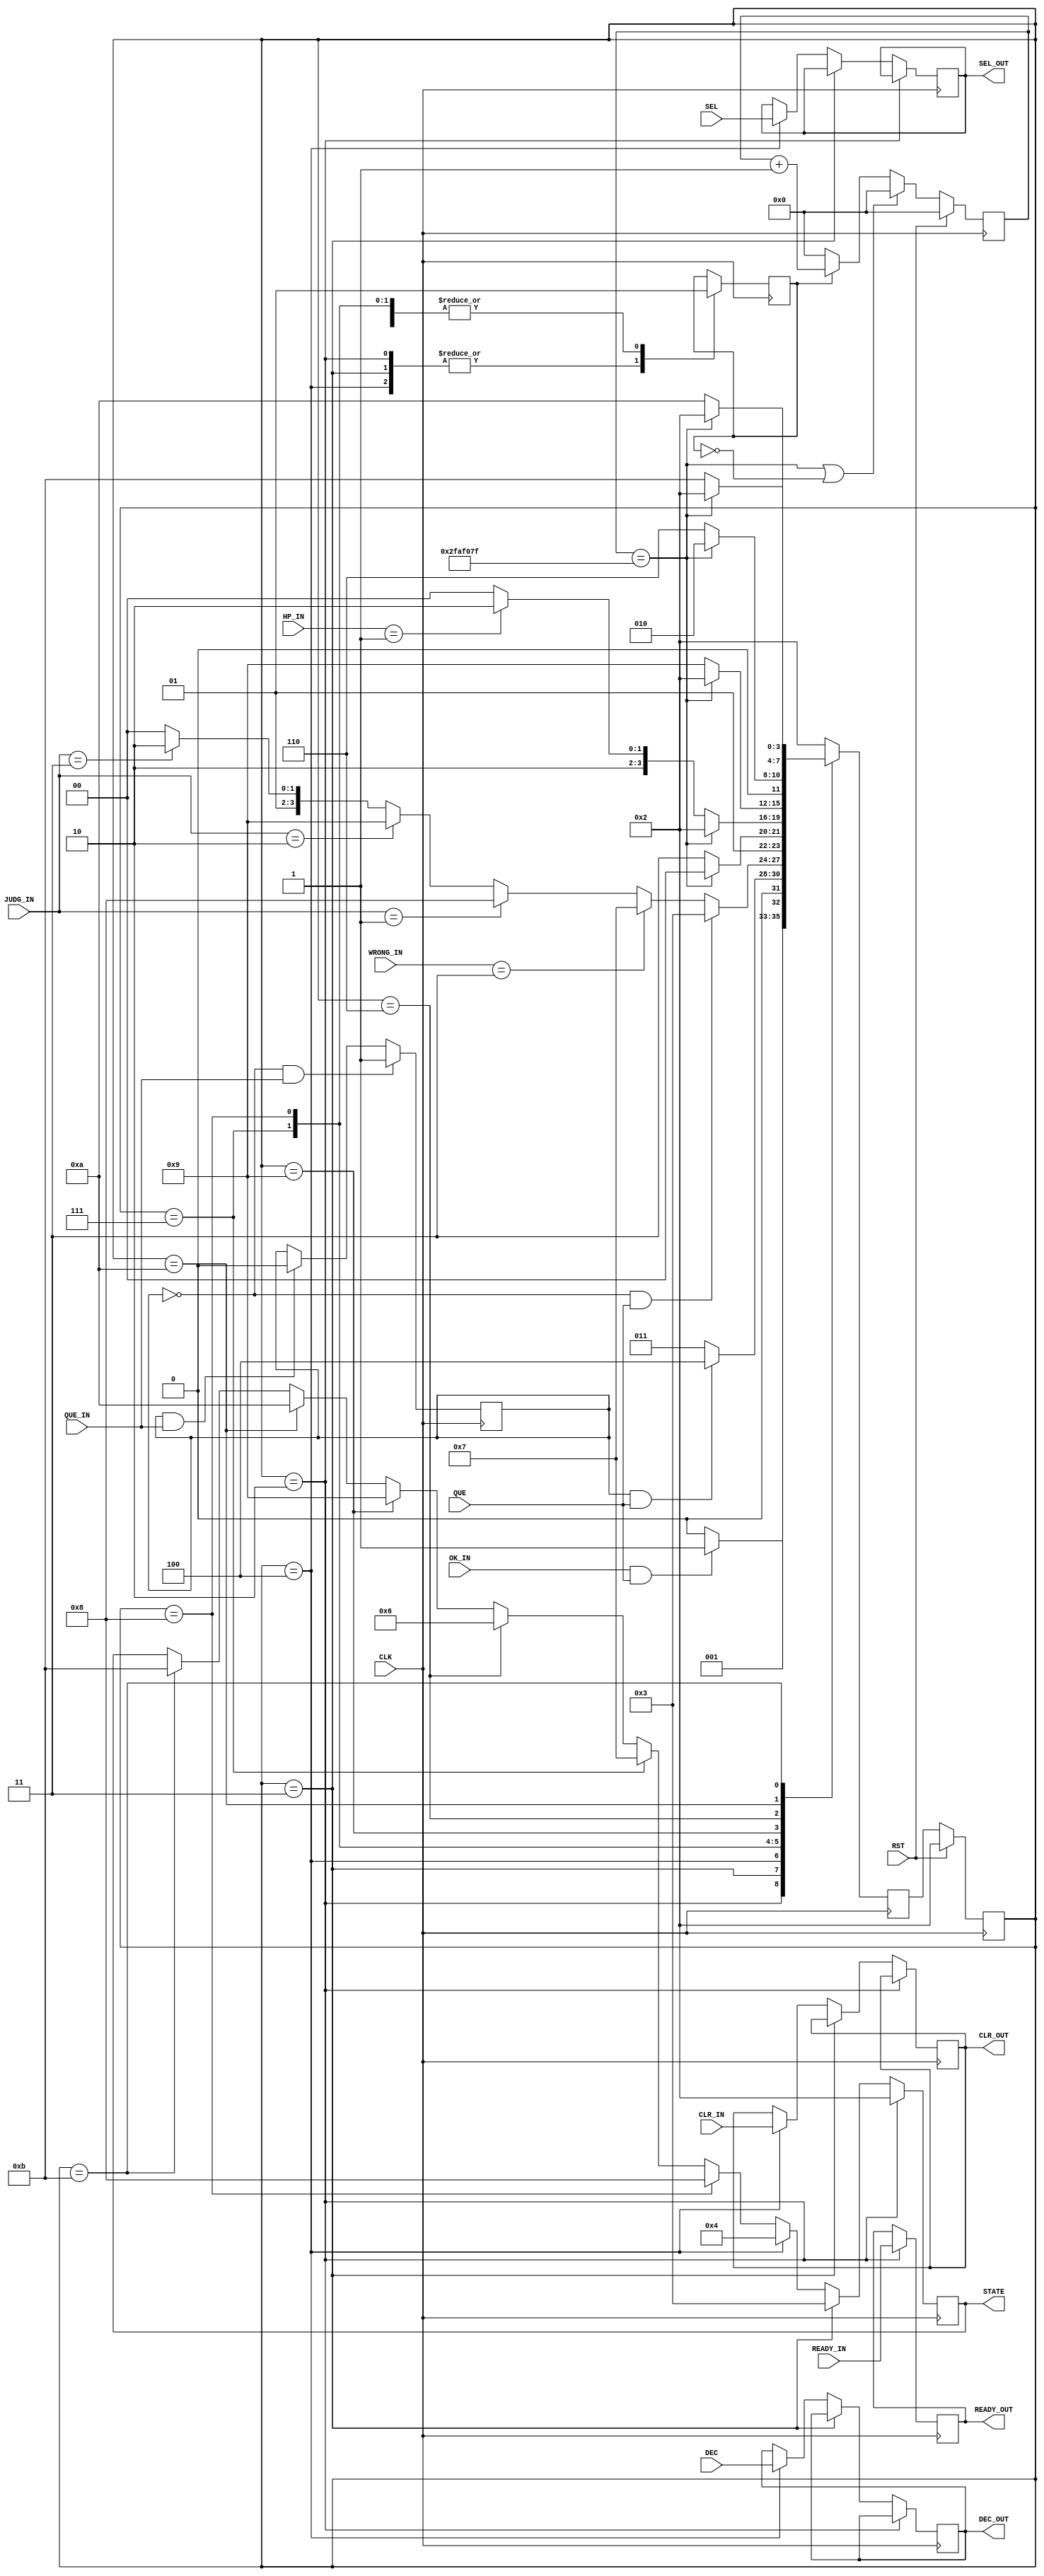
module CONTROL(
    input [2:0] SEL,
    input CLK, RST, READY_IN, QUE_IN, DEC, CLR_IN,//QUE_IN is BOUT
    input OK_IN, //????????????READY?????????????????
    input [1:0] HP_IN,//00????,01??????,10??????
    input QUE,//QUE is INPUT's q_ok    Question is already  not 0 or  0
    input [1:0] JUDG_IN,  //???????????
    input [1:0] WRONG_IN, //??????????????

  

    output reg READY_OUT,
    output reg [3:0] STATE, 
	 output reg [2:0] SEL_OUT,
	 output reg DEC_OUT, CLR_OUT
);

reg R;
initial begin
  R <= 0;
end
always @(posedge CLK) begin
     if(R == 0 && QUE_IN)   //R is Flag of QUESTION   QUE_IN is SW9
	      R <= 1;             
		else if(R == 1 && QUE_IN) //if question is not prepared ,don't go next
		   R <= 0;
end
// initial begin
//   R2 <= 0;
// end
// always @(posedge CLK) begin
//      if(R2 == 0 && DEC)
// 	      R2 <= 1;
// 		else if(R2 == 1 && DEC)
// 		   R2 <= 0;
// end



reg[3:0] cur,nxt;
localparam  READY = 4'b0010, QUESTION = 4'b0011, INPUT = 4'b0100, DRAW = 4'b0110
            , WRONG = 4'b0111, GOOD = 4'b1000, OUCH = 4'b1001, WIN = 4'b1010, LOSE = 4'b1011;


always @( posedge CLK) begin // When Clear
  if(RST)
    cur <= READY;
  else
    cur <= nxt;
end


always @(posedge CLK) begin 
  if(cur == READY)begin
      READY_OUT <= READY_IN;   //Through  reg ready for READY module
      STATE <= 4'b0010;
  end
  else if(cur == QUESTION)begin
      STATE <= 4'b0011;
  end
  else if(cur == INPUT)begin
      STATE <= 4'b0100;
      SEL_OUT <= SEL;        //Through  reg ...
      DEC_OUT <= DEC;        //Through  reg ...
      //DEC_OUT <= R2;
      CLR_OUT <= CLR_IN;     //Through  reg...
  end
  else if(cur == GOOD)begin
    STATE <= 4'b1000;
  end
  else if(cur == WRONG)begin
    STATE <= 4'b0111;
  end
  else if(cur == DRAW)begin
    STATE <= 4'b0110;
  end
  else if(cur == OUCH)begin
    STATE <= 4'b1001;
  end
  else if(cur == WIN)begin
    STATE <= 4'b1010;
  end
  else if(cur == LOSE)begin
    STATE <= 4'b1011;
  end
  
end

reg NEED_1SEC;//??????????????
initial begin
  NEED_1SEC <= 0;
end


always @(posedge  CLK) begin
    case(cur)
      READY:   NEED_1SEC <= 0; //modi NEED_1SEC0
      QUESTION:NEED_1SEC <= 0; //modi
      INPUT:   NEED_1SEC <= 0; //modi
      WRONG:   NEED_1SEC <= 1; 
      GOOD:    NEED_1SEC <= 1;
      OUCH:    NEED_1SEC <= 1; 
      DRAW:    NEED_1SEC <= 1; 
      WIN:     NEED_1SEC <= 1; 
      LOSE:    NEED_1SEC <= 1;  
  endcase
end

reg [25:0] cnt;
wire EN1HZ = (cnt==26'd49_999_999);
// initial begin
//     cnt <= 0;
// end

// always @(posedge CLK)begin
//     if(RST)
//       cnt <= 26'b0;
//     //else if(EN1HZ || NEED_1SEC == 0)
//     else if(EN1HZ)
//       cnt <= 26'b0;
//      else if(NEED_1SEC != 1)
//        //cnt <= cnt + 26'b1;
//        cnt <= cnt ;
//     else 
//       cnt <= cnt + 26'b1;   
// 
always @(posedge CLK)begin   //Count 1sec
    if(RST)
      cnt <= 26'b0;
    else if(EN1HZ || NEED_1SEC == 0) // Enough = 0 || First =0
    //else if(EN1HZ)
      cnt <= 26'b0;
    else if(NEED_1SEC == 1) // When  WRONG ,GOOD,OUCH,DRAW ,WIN ,LOSE  
       cnt <= cnt + 26'b1;  //inc
       //cnt <= cnt ;
    else 
      cnt <= 26'b0;  //cnt <= cnt is error
end


// reg QUE_r;
// initial begin
//   QUE_r <= 0;
// end
// always @(posedge CLK) begin
//   QUE_r <= QUE_IN;
// end

always @(posedge CLK)begin
    
    case(cur)   
        READY: 
                //if(OK_IN && QUE) //????????????????????????????????
                if(OK_IN && QUE)
                    nxt <= QUESTION; //????
                else
                    nxt <= READY;

        QUESTION:
                   //if(R6 == 1 && QUE) //???????????????????????????????????
                   if(R == 1 && QUE)
                    nxt <= INPUT;
                   else 
                    nxt <= QUESTION;
                    //nxt <= READY; 
        
        INPUT: 
                if(R == 0 && QUE)
                    nxt <= QUESTION;
                else if(WRONG_IN == 2'b11)
                    nxt <= WRONG;
                else if(JUDG_IN == 2'b01)
                    nxt <= GOOD;
                else if(JUDG_IN == 2'b10)
                    nxt <= OUCH;
                else if(JUDG_IN == 2'b11)
                    nxt <= DRAW;
                else
                    nxt <= INPUT;
                    //nxt <= READY;

        WRONG: 
               
               if(EN1HZ)
                nxt <= INPUT;
               else 
                nxt <= WRONG;
        
        GOOD: 
             
              if(EN1HZ)
                nxt <= READY;
              else if(HP_IN == 01) 
                nxt <= WIN;
              else
                nxt <= GOOD;

        OUCH: 
              
              if(EN1HZ)
                nxt <= READY;
              else if(HP_IN == 10)
                nxt <= LOSE;
              else 
                nxt <= OUCH;

        DRAW: 
              
              if(EN1HZ)
                nxt <= READY;
              else
                nxt <= DRAW;

        WIN: 
            
             if(EN1HZ)
               nxt <= READY;
             else 
               nxt <= WIN;

        LOSE:
             
             if(EN1HZ)
               nxt <= READY;
             else 
               nxt <= LOSE;

        default: nxt <= READY;
    endcase
end





endmodule